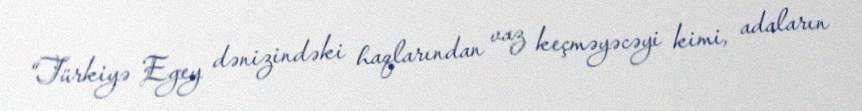
“Türkiyə Egey dənizindəki haqlarından vaz keçməyəcəyi kimi, adaların